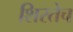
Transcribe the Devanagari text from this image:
शिरतेच